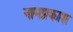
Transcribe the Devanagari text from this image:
नामप्रकाश